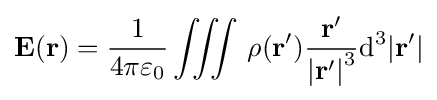
\mathbf {E} (\mathbf {r} )={\frac {1}{4\pi \varepsilon _{0}}}\iiint \,\rho (\mathbf {r} '){\mathbf {r} ' \over {|\mathbf {r} '|}^{3}}\mathrm {d} ^{3}|\mathbf {r} '|